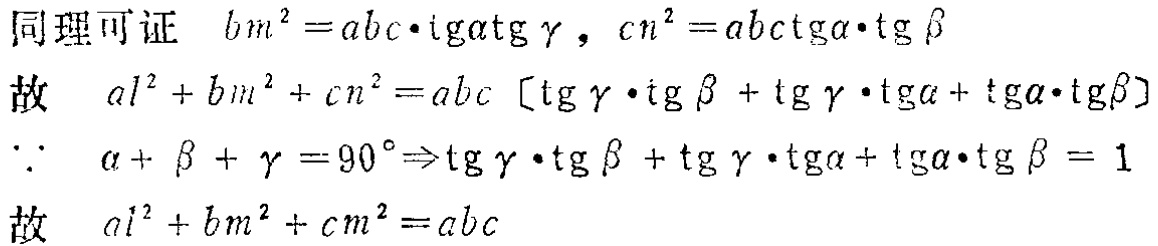
同理可证 \(bm^{2}=abc\cdot\mathrm{tg}\alpha\mathrm{tg}\gamma\)，\(cn^{2}=abc\mathrm{ctg}\alpha\cdot\mathrm{tg}\beta\)
故 \(al^{2}+bm^{2}+cn^{2}=abc \left[\mathrm{tg}\gamma\cdot\mathrm{tg}\beta+\mathrm{tg}\gamma\cdot\mathrm{tg}\alpha+\mathrm{tg}\alpha\cdot\mathrm{tg}\beta\right]\)
\(\because\) \( \alpha+\beta+\gamma = 90^{\circ}\Rightarrow\mathrm{tg}\gamma\cdot\mathrm{tg}\beta+\mathrm{tg}\gamma\cdot\mathrm{tg}\alpha+\mathrm{tg}\alpha\cdot\mathrm{tg}\beta = 1\)
故 \(al^{2}+bm^{2}+cm^{2}=abc\)